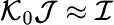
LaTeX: {\cal K}_{0}{\cal J}\approx{\cal I}